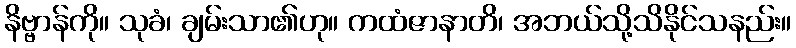
နိဗ္ဗာန်ကို။ သုခံ၊ ချမ်းသာ၏ဟု။ ကထံဇာနာတိ၊ အဘယ်သို့သိနိုင်သနည်း။